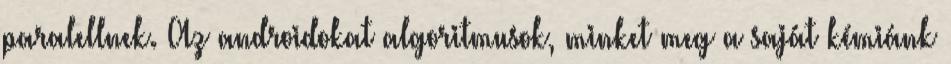
paralellnek. Az androidokat algoritmusok, minket meg a saját kémiánk